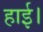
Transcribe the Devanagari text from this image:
हाई।